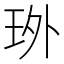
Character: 𤤫